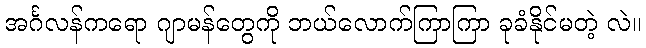
အင်္ဂလန်ကရော ဂျာမန်တွေကို ဘယ်လောက်ကြာကြာ ခုခံနိုင်မတဲ့ လဲ။